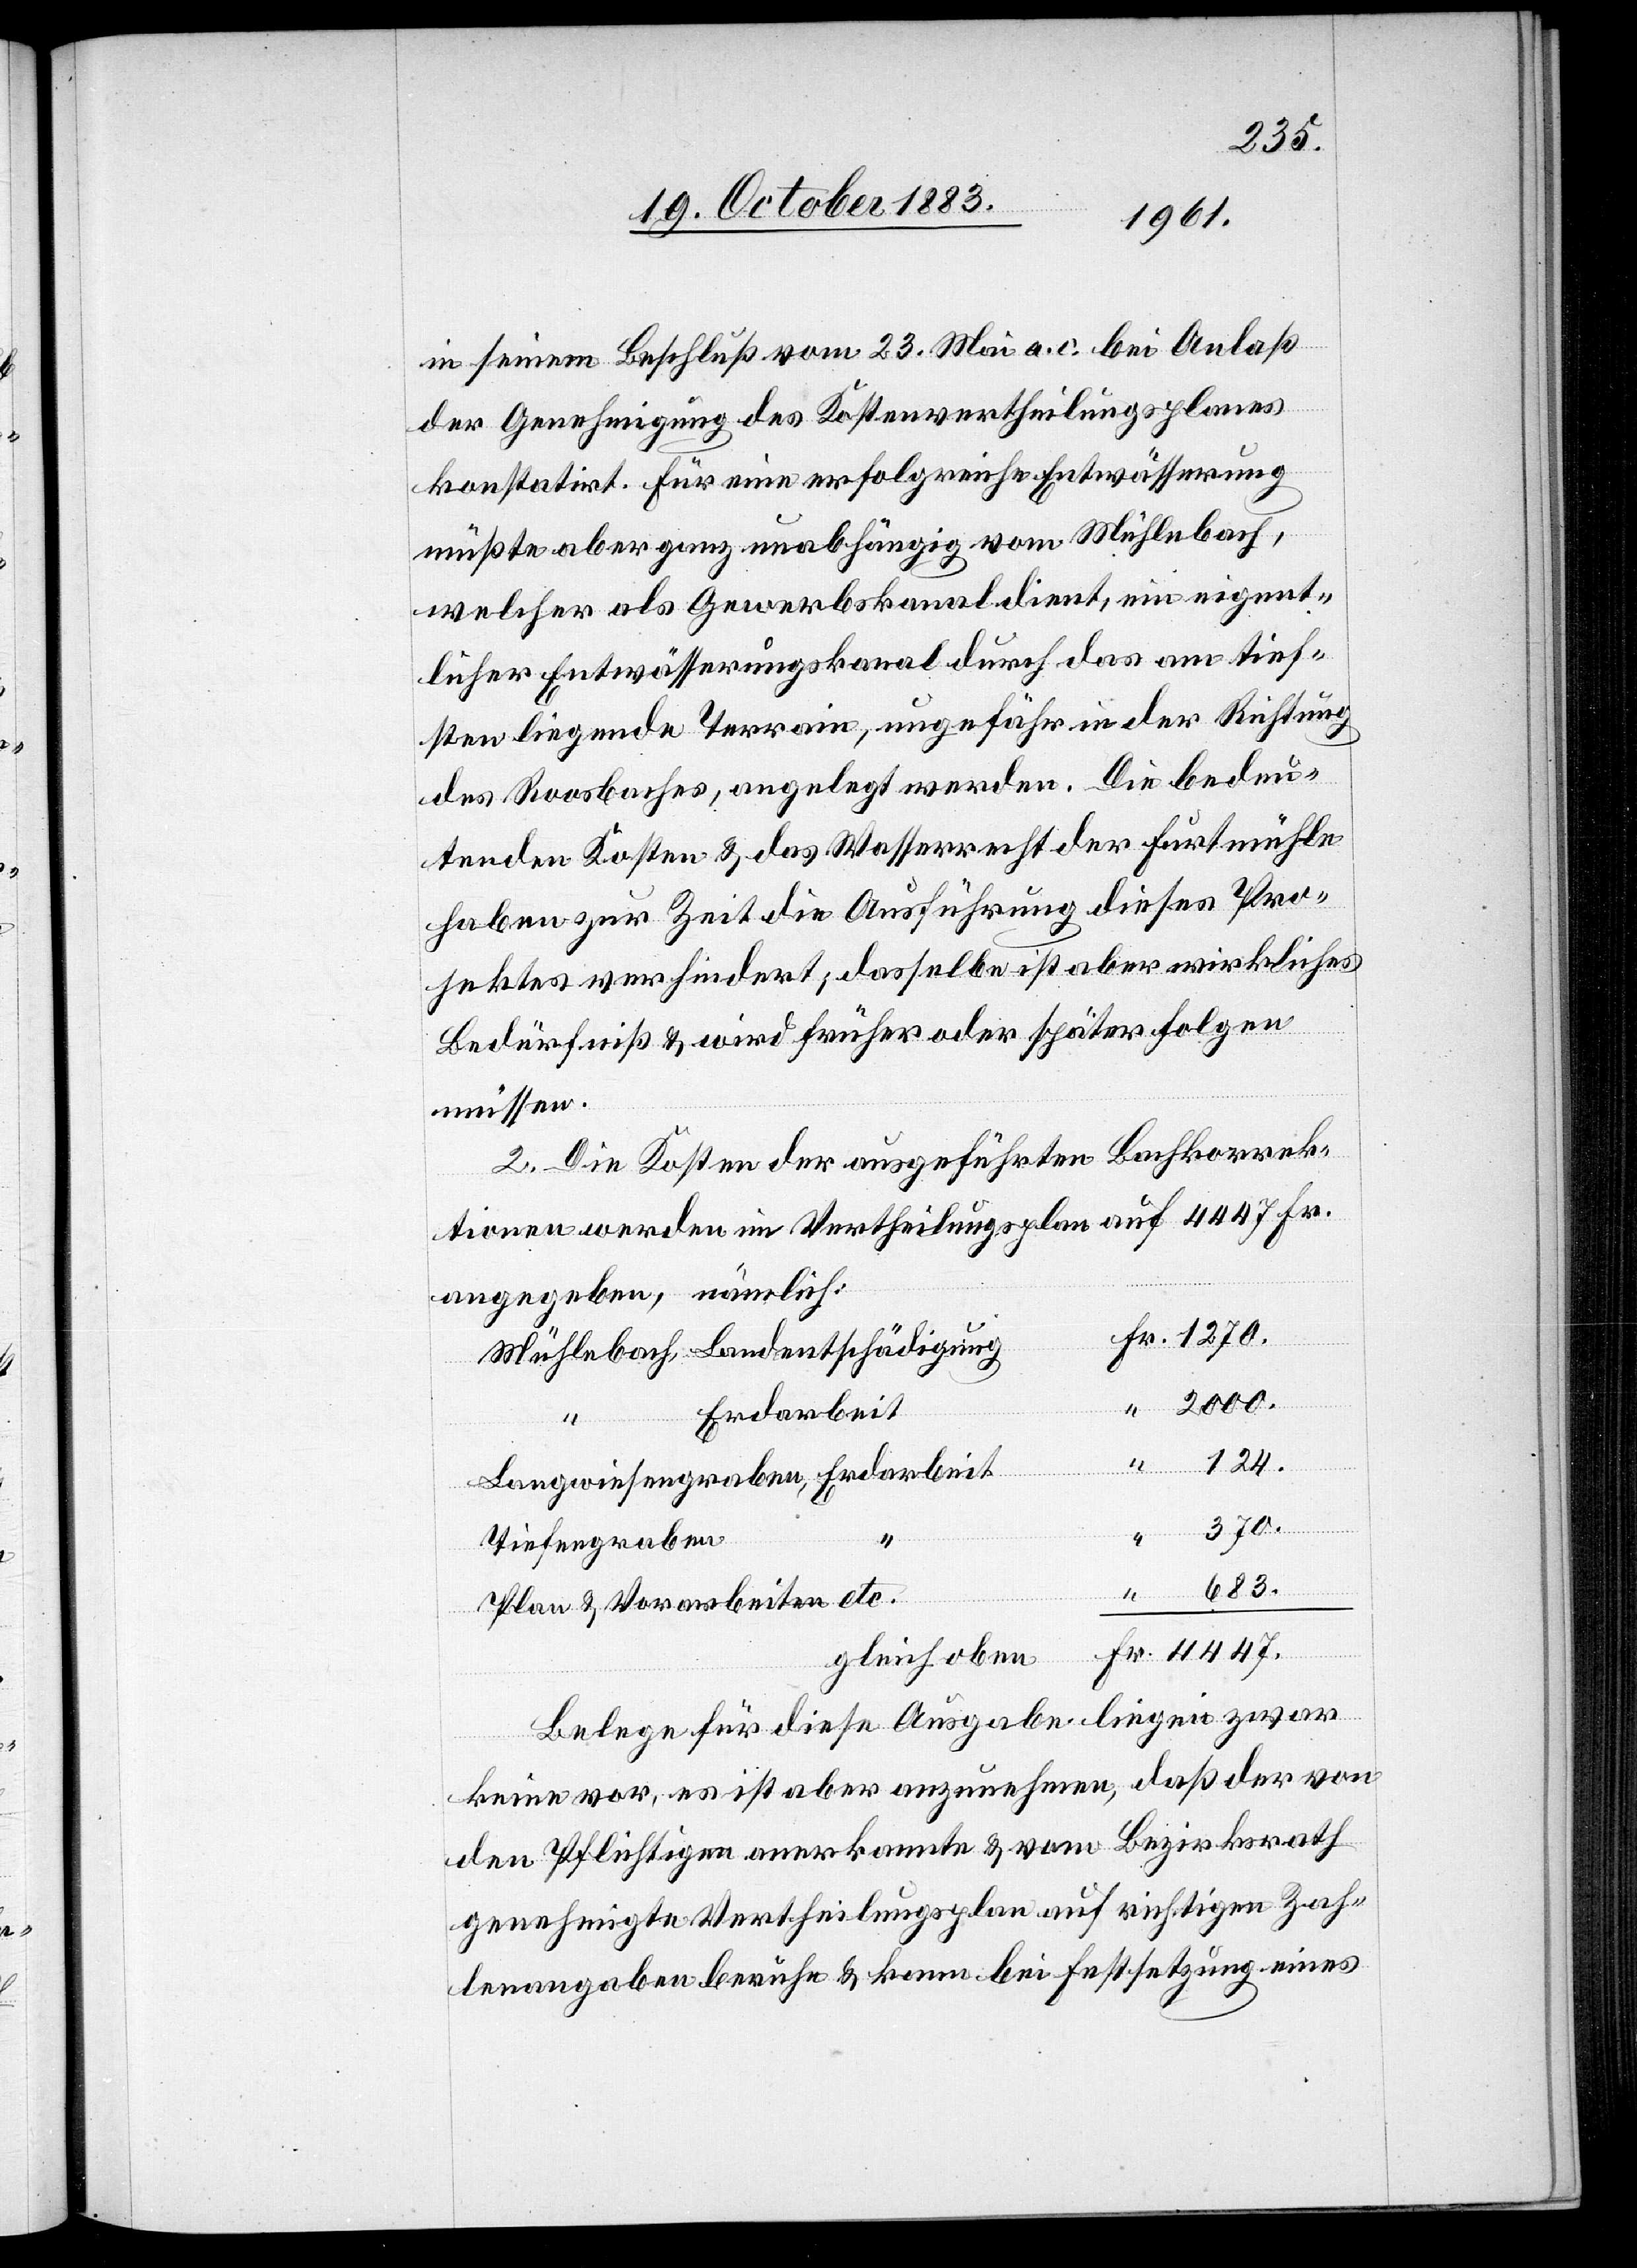
4447.
in seinem Beschluß vom 23. Mai a. c. bei Anlaß
der Genehmigung des Kostenvertheilungsplanes
konstatirt. Für eine erfolgreiche Entwässerung
müßte aber ganz unabhängig vom Mühlebach,
welcher als Gewerbskanal dient, ein eigent¬
licher Entwässerungskanal durch das am tief¬
sten liegende Terrain, ungefähr in der Richtung
des Roosbaches, angelegt werden. Die bedeu¬
tenden Kosten & das Wasserrecht der Furtmühle
haben zur Zeit die Ausführung dieses Pro¬
jektes verhindert, dasselbe ist aber wirkliches
Bedürfniß & wird früher oder später folgen
müssen.
2. Die Kosten der ausgeführten Bachkorrek¬
tionen werden im Vertheilungsplan auf 4447 Fr.
angegeben, nämlich:
Mühlebach, Landentschädigung
Erdarbeit
124.
Fr.
Langwiesengraben, Erdarbeit
370.
Tiefengraben
683.
Plan & Vorarbeiten etc.
Belege für diese Ausgabe liegen zwar
“
keine vor, es ist aber anzunehmen, daß der von
den Pflichtigen anerkannte & vom Bezirksrath
genehmigte Vertheilungsplan auf richtigen Zah¬
lenangaben beruhe & kann bei Festsetzung eines